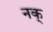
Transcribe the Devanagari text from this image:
नक्